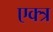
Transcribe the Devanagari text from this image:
एक्त्र